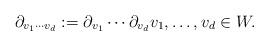
LaTeX: \begin{align*}\partial_{v_1\cdots v_d}:=\partial_{v_1}\cdots \partial_{v_d}v_1,\ldots,v_d\in W.\end{align*}